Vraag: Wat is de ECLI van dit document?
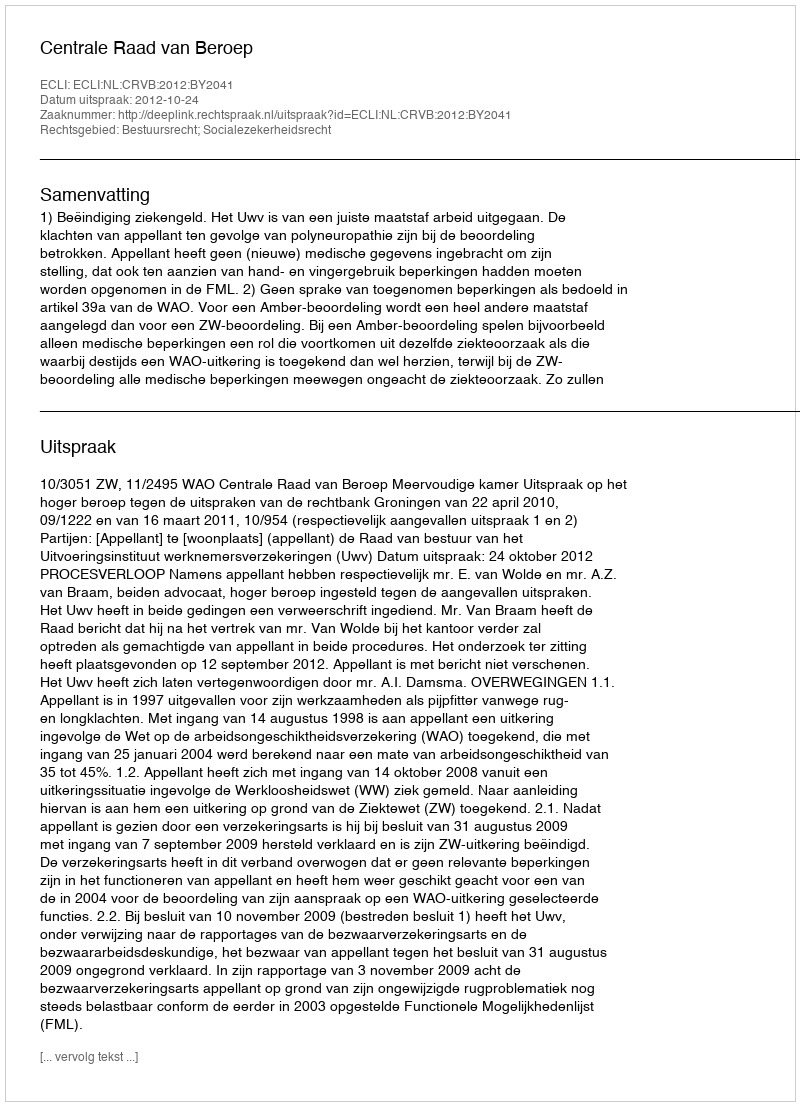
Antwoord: ECLI:NL:CRVB:2012:BY2041